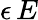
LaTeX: \epsilon\, E